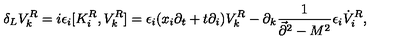
\delta _ { L } V _ { k } ^ { R } = i \epsilon _ { i } [ K _ { i } ^ { R } , V _ { k } ^ { R } ] = \epsilon _ { i } ( x _ { i } \partial _ { t } + t \partial _ { i } ) V _ { k } ^ { R } - \partial _ { k } { \frac { 1 } { \vec { \partial } ^ { 2 } - M ^ { 2 } } } \epsilon _ { i } \dot { V } _ { i } ^ { R } ,